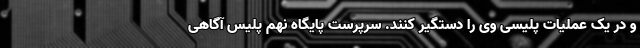
و در یک عملیات پلیسی وی را دستگیر کنند. سرپرست پایگاه نهم پلیس آگاهی